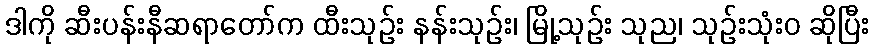
ဒါကို ဆီးပန်းနီဆရာတော်က ထီးသုဉ်း နန်းသုဉ်း၊ မြို့သုဉ်း သုည၊ သုဉ်းသုံးဝ ဆိုပြီး